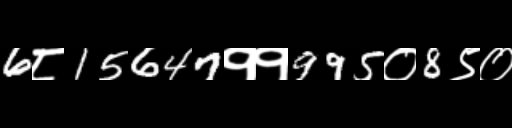
Text: 6८15647११995०8९०